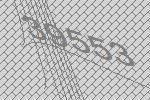
39553